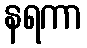
နရကာ